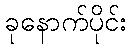
ခုနောက်ပိုင်း